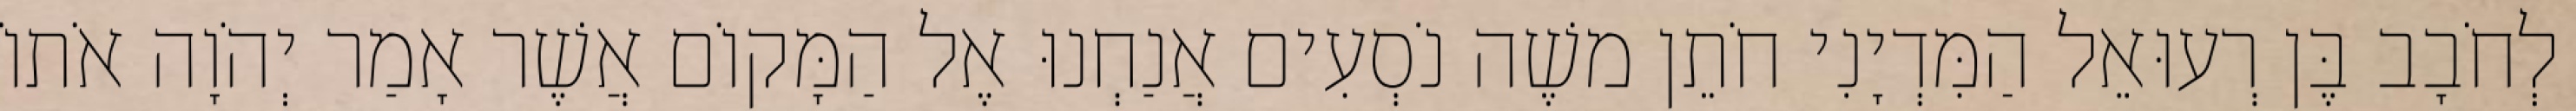
לְחֹבָב בֶּן רְעוּאֵל הַמִּדְיָנִי חֹתֵן משֶׁה נֹסְעִים אֲנַחְנוּ אֶל הַמָּקוֹם אֲשֶׁר אָמַר יְהֹוָה אֹתוֹ